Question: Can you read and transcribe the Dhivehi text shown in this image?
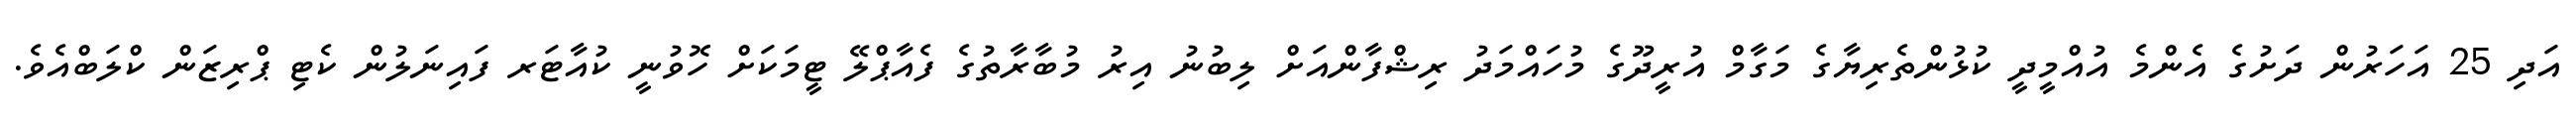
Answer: އަދި 25 އަހަރުން ދަށުގެ އެންމެ އުއްމީދީ ކުޅުންތެރިޔާގެ މަގާމް އުރީދޫގެ މުހައްމަދު ރިޝްފާންއަށް ލިބުނު އިރު މުބާރާތުގެ ފެއާޕްލޭ ޓީމަކަށް ހޮވުނީ ކުއާޓަރ ފައިނަލުން ކެޓި ޕްރިޒަން ކްލަބްއެވެ.